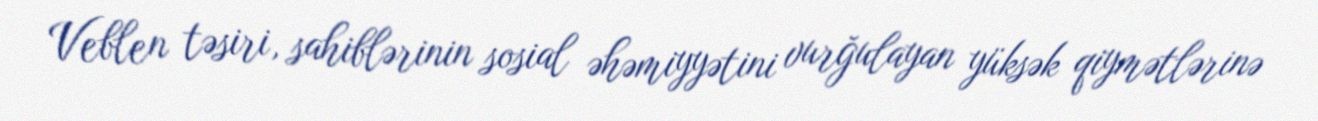
Veblen təsiri, sahiblərinin sosial əhəmiyyətini vurğulayan yüksək qiymətlərinə